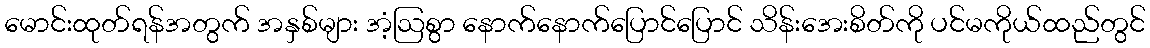
မောင်းထုတ်ရန်အတွက် အနှစ်များ အံ့ဩစွာ နောက်နောက်ပြောင်ပြောင် သိန်းအေးစိတ်ကို ပင်မကိုယ်ထည်တွင်